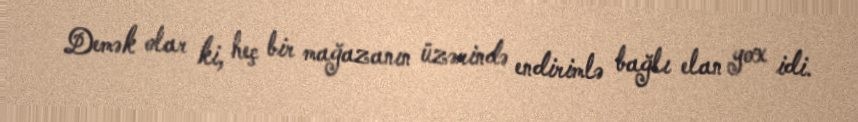
Demək olar ki, heç bir mağazanın üzərində endirimlə bağlı elan yox idi.